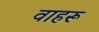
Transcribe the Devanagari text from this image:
वाहरू